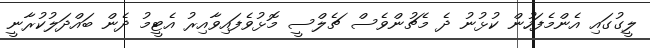
ލީގުގައި އެންމެފަހުން ކުޅުނު ދެ މެޗުންވެސް ޗެލްސީ މޮޅުވެފައިވާއިރު އެޓީމު ދެން ބައްދަލުކުރާނީ